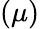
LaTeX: (\mu)